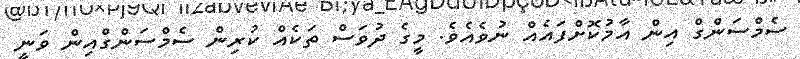
ސެމްސަންގް އިން އާމުކޮށްފައެއް ނުވެއެވެ. މީގެ ދުވަސް ތަކެއް ކުރިން ސެމްސަންގްއިން ވަނީ